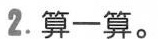
2.算一算。